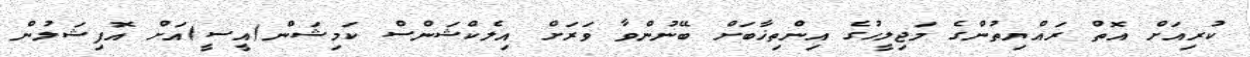
ކުރިއަށް އޮތް ރައްޔިތުންގެ މަޖިލީހުގެ އިންތިޚާބަށް ބޭނުންވާ ވަރަށް އިލެކްޝަންސް ކަމިޝަން(އީސީ)އަށް އޮފިޝަލުން